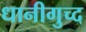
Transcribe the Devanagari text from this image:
धानीगुच्द